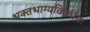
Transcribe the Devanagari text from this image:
भक्‍तभाग्यविवर्धनः